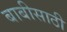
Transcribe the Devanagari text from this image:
बाबीसाठी